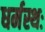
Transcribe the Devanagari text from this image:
धर्मस्थः